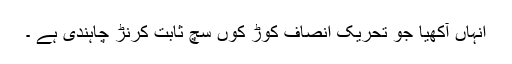
انہاں آکھیا جو تحریک انصاف کوڑ کوں سچ ثابت کرنڑ چاہندی ہے ۔